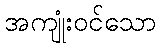
အကျုံးဝင်သော